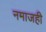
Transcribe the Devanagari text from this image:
नमाजही